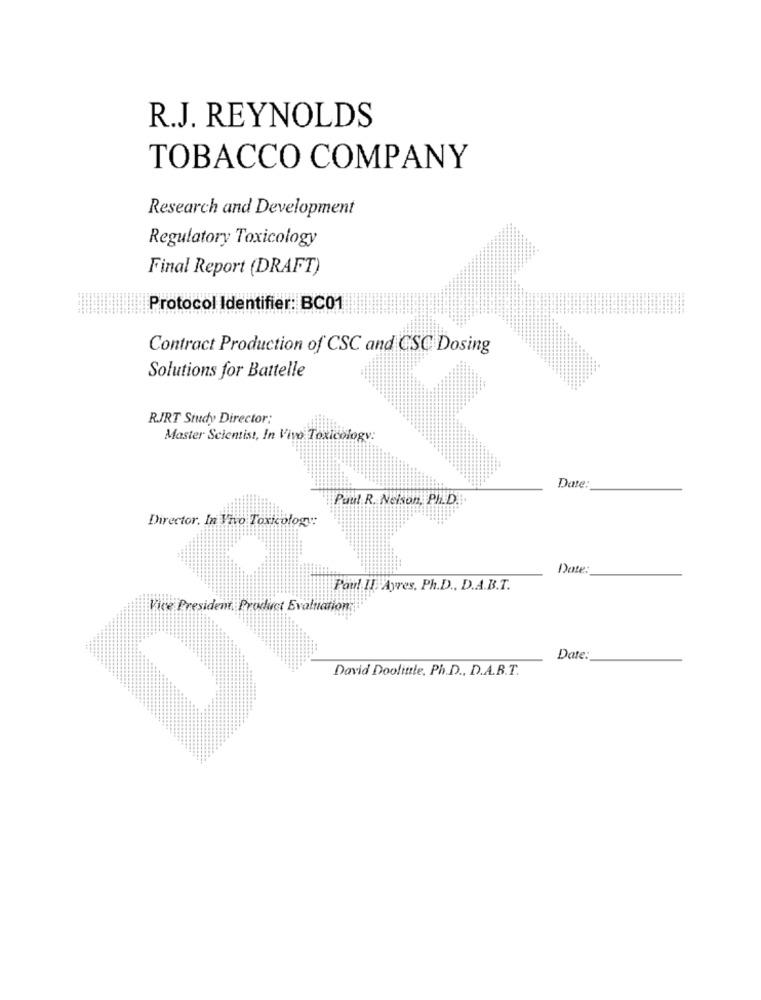
R.J. REYNOLDS
TOBACCO COMPANY
Research and Development
Regulatory Toxicology
Final Report (DRAFT)
Protocol Identifier: BC01
Contract Production of CSC and CSC Dosing
Solutions for Battelle
RJRT Study Director:
Master Scientist, In Vivo Toxicology:
Date:
Paul R. Nelson, PH.D ...
Director. In Who Toxicology:
Date:
Paul II. Ayres, Ph.D ., D.A.B.T.
Vice President Product Evaluation
Date:
David Doolittle, Ph.D ., D.A.B.T.